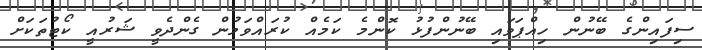
ސިފައިންގެ ބޭނުން ހިއްޕަވައި ބޭނުންފުޅު ކޮންމެ ކަމެއް ކުރައްވަމުން ގެންދެވީ ޝަރުއީ ކޯޓުތަކަށް